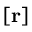
[ \mathbf { r } ]